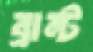
ব্রান্ট